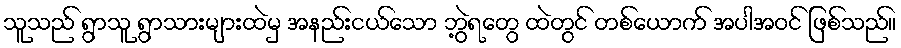
သူသည် ရွာသူ ရွာသားများထဲမှ အနည်းငယ်သော ဘွဲ့ရတွေ ထဲတွင် တစ်ယောက် အပါအဝင် ဖြစ်သည်။